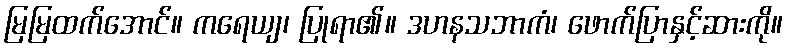
မြမြထက်အောင်။ ကရေယျ၊ ပြုရာ၏။ ဒဟနသဘာကံ၊ ဖောက်ပြာနှင့်ဆားကို။